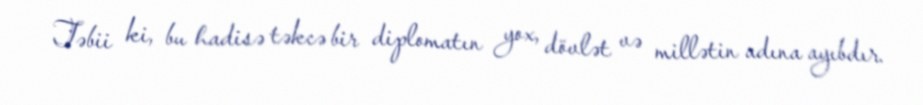
Təbii ki, bu hadisə təkcə bir diplomatın yox, dövlət və millətin adına ayıbdır.